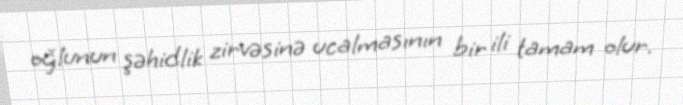
oğlunun şəhidlik zirvəsinə ucalmasının bir ili tamam olur.